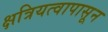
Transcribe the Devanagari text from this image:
क्षत्रियत्वापासून